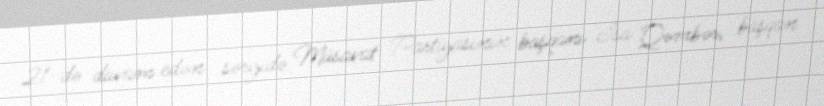
21-də davam edən sərgidə Müsavat Partiyasının başqanı İsa Qəmbər, başqan